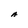
Character: A